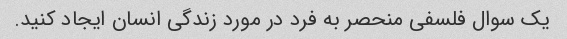
یک سوال فلسفی منحصر به فرد در مورد زندگی انسان ایجاد کنید.